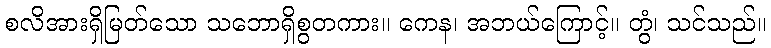
စလိအားရှိမြတ်သော သဘောရှိစွတကား။ ကေန၊ အဘယ်ကြောင့်။ တွံ၊ သင်သည်။